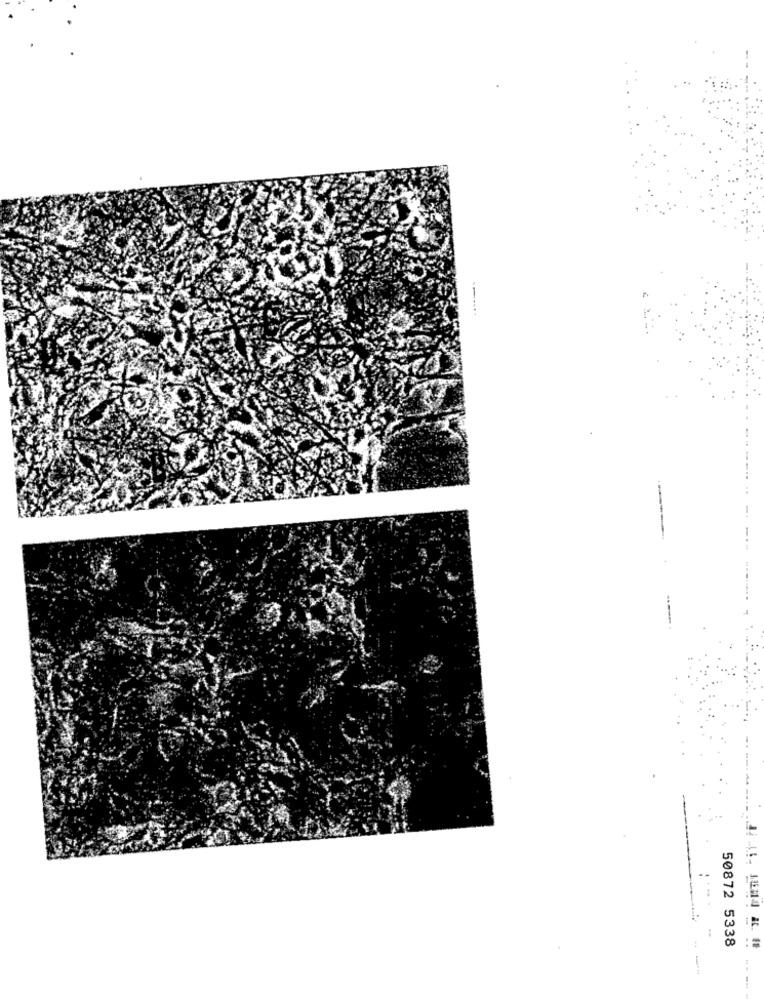
50872 5338